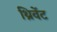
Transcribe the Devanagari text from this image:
थ्रिवेंट